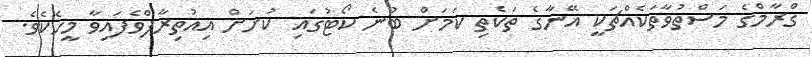
ގްރާމްގެ މަސްތުވާތަކެއްޗަކީ އޭނާގެ ތަކެތި ކަމަށް ބުނެ ކޯޓުގައި ކުށަށް އިއުތިރާފްވެފައިވާ މީހެކެވެ.